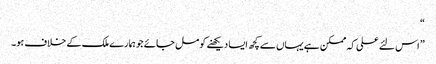
“
” اس لئے علی کہ ممکن ہے یہاں سے کچھ ایسا دیکھنے کو مل جائے جو ہمارے ملک کے خلاف ہو۔